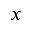
x